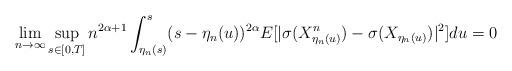
LaTeX: \begin{align*} \lim_{n\rightarrow \infty} \sup_{s\in [0,T]}n^{2\alpha+1} \int_{\eta_n(s)}^s (s-\eta_n(u))^{2\alpha} E[ | \sigma(X^n_{\eta_n(u)}) - \sigma(X_{\eta_n(u)})|^2] du =0 \end{align*}